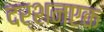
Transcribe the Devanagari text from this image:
दर्शनएक